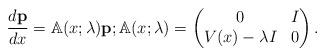
LaTeX: \begin{align*} \frac{d \mathbf{p}}{dx} = \mathbb{A} (x; \lambda) \mathbf{p}; \mathbb{A} (x; \lambda)=\begin{pmatrix}0 & I \\V(x) - \lambda I & 0\end{pmatrix}.\end{align*}